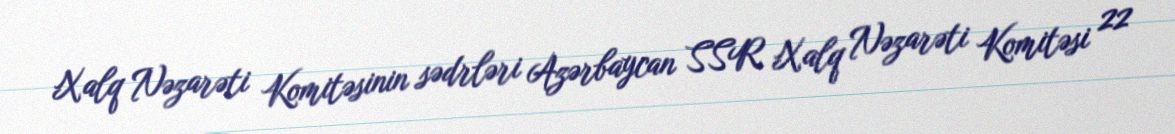
Xalq Nəzarəti Komitəsinin sədrləri Azərbaycan SSR Xalq Nəzarəti Komitəsi 22